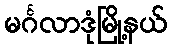
မင်္ဂလာဒုံမြို့နယ်